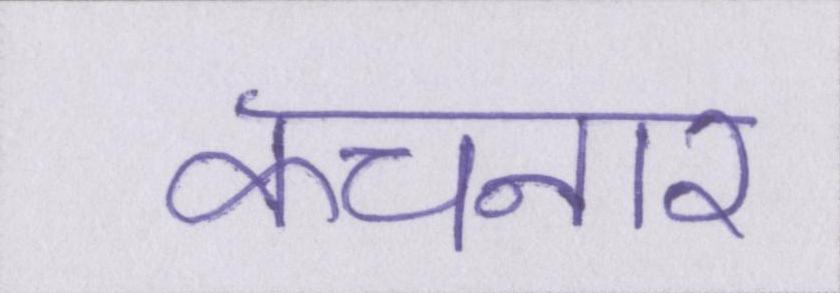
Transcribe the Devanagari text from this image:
कचनार